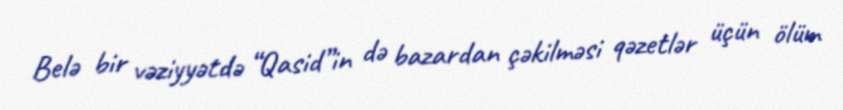
Belə bir vəziyyətdə “Qasid”in də bazardan çəkilməsi qəzetlər üçün ölüm